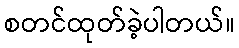
စတင်ထုတ်ခဲ့ပါတယ်။